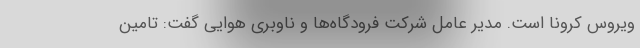
ویروس کرونا است. مدیر عامل شرکت فرودگاه‌ها و ناوبری هوایی گفت: تامین